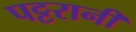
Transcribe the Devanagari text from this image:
पट्टरानी